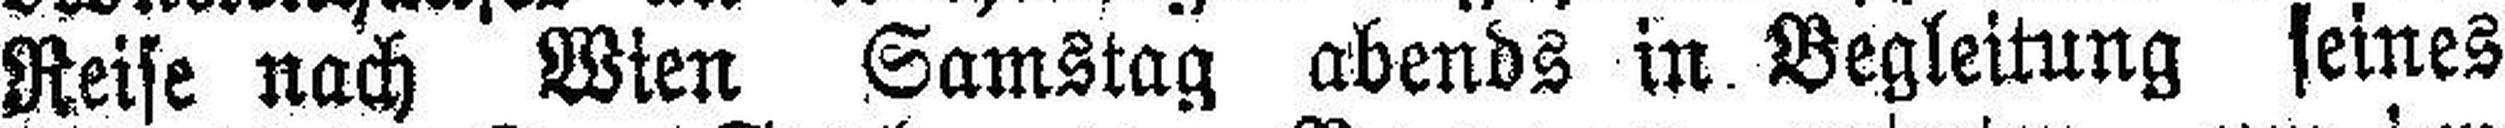
Reise nach Wien Samstag abends in Begleitung seines